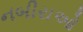
નબીરાઓ